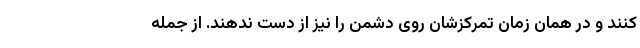
کنند و در همان زمان تمرکزشان روی دشمن را نیز از دست ندهند. از جمله